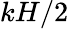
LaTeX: kH/2